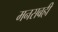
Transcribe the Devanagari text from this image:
मनसबही